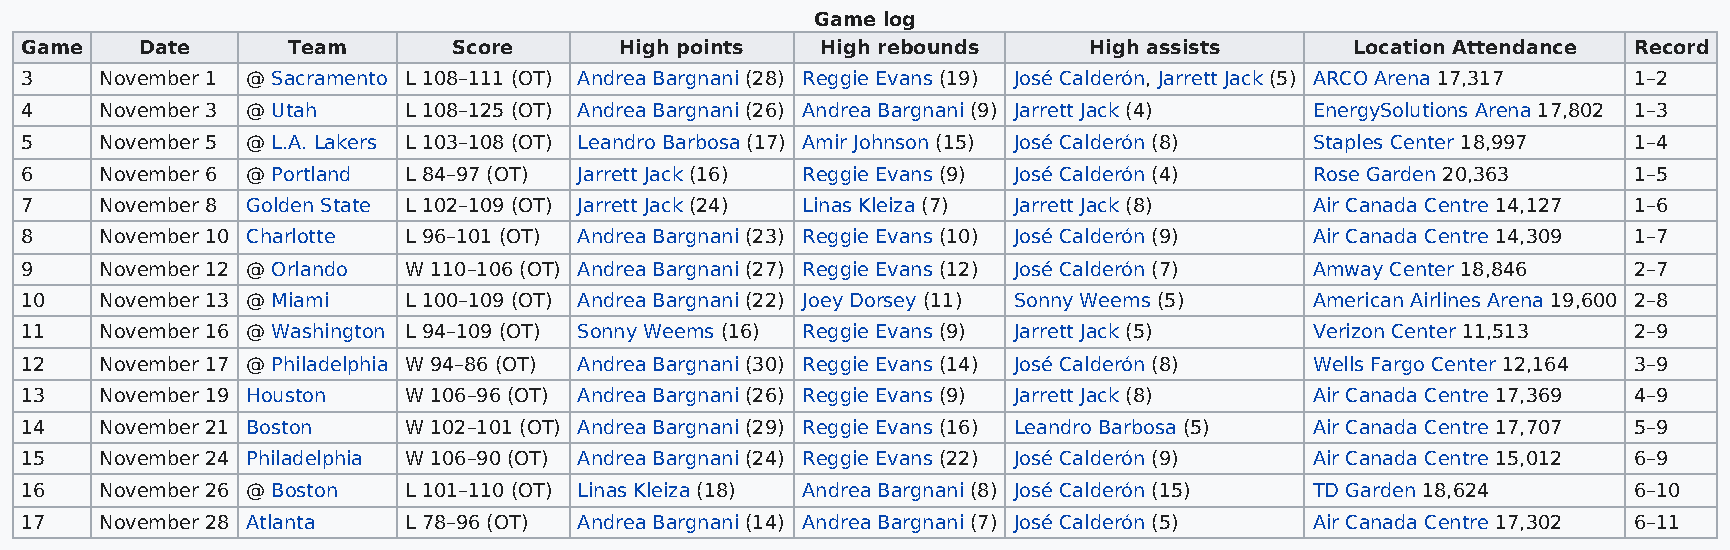
Game log
 Game    Date      Team       Score      High points  High rebounds     High assists      Location Attendance Record
 3     November 1 @ Sacramento L 108–111 (OT) Andrea Bargnani (28) Reggie Evans (19) José Calderón, Jarrett Jack (5) ARCO Arena 17,317 1–2
 4     November 3 @ Utah   L 108–125 (OT) Andrea Bargnani (26) Andrea Bargnani (9) Jarrett Jack (4) EnergySolutions Arena 17,802 1–3
 5     November 5 @ L.A. Lakers L 103–108 (OT) Leandro Barbosa (17) Amir Johnson (15) José Calderón (8) Staples Center 18,997 1–4
 6     November 6 @ Portland L 84–97 (OT) Jarrett Jack (16) Reggie Evans (9) José Calderón (4) Rose Garden 20,363 1–5
 7     November 8 Golden State L 102–109 (OT) Jarrett Jack (24) Linas Kleiza (7) Jarrett Jack (8) Air Canada Centre 14,127 1–6
 8     November 10 Charlotte L 96–101 (OT) Andrea Bargnani (23) Reggie Evans (10) José Calderón (9) Air Canada Centre 14,309 1–7
 9     November 12 @ Orlando W 110–106 (OT) Andrea Bargnani (27) Reggie Evans (12) José Calderón (7) Amway Center 18,846 2–7
 10    November 13 @ Miami L 100–109 (OT) Andrea Bargnani (22) Joey Dorsey (11) Sonny Weems (5) American Airlines Arena 19,600 2–8
 11    November 16 @ Washington L 94–109 (OT) Sonny Weems (16) Reggie Evans (9) Jarrett Jack (5) Verizon Center 11,513 2–9
 12    November 17 @ Philadelphia W 94–86 (OT) Andrea Bargnani (30) Reggie Evans (14) José Calderón (8) Wells Fargo Center 12,164 3–9
 13    November 19 Houston W 106–96 (OT) Andrea Bargnani (26) Reggie Evans (9) Jarrett Jack (8) Air Canada Centre 17,369 4–9
 14    November 21 Boston  W 102–101 (OT) Andrea Bargnani (29) Reggie Evans (16) Leandro Barbosa (5) Air Canada Centre 17,707 5–9
 15    November 24 Philadelphia W 106–90 (OT) Andrea Bargnani (24) Reggie Evans (22) José Calderón (9) Air Canada Centre 15,012 6–9
 16    November 26 @ Boston L 101–110 (OT) Linas Kleiza (18) Andrea Bargnani (8) José Calderón (15) TD Garden 18,624 6–10
 17    November 28 Atlanta L 78–96 (OT) Andrea Bargnani (14) Andrea Bargnani (7) José Calderón (5) Air Canada Centre 17,302 6–11